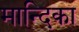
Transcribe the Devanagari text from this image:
मान्दिका